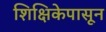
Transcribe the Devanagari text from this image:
शिक्षिकेपासून